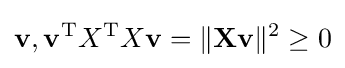
\mathbf {v} ,\mathbf {v} ^{\operatorname {T} }X^{\operatorname {T} }X\mathbf {v} =\|\mathbf {X} \mathbf {v} \|^{2}\geq 0